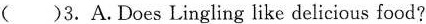
( )3.A.Does Lingling like delicious food?